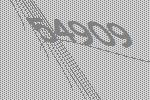
54909